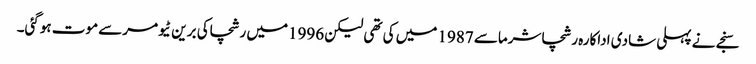
سنجے نے پہلی شادی اداکارہ رشچاشرماسے 1987 میں کی تھی لیکن 1996میں رشچاکی برین ٹیومرسے موت ہوگئی۔